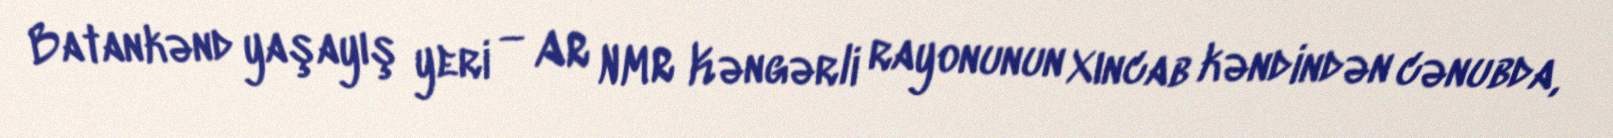
Batankənd yaşayış yeri — AR NMR Kəngərli rayonunun Xıncab kəndindən cənubda,